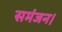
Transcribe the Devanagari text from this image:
समंजन।